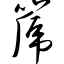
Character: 篪